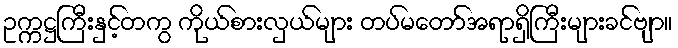
ဥက္ကဋ္ဌကြီးနှင့်တကွ ကိုယ်စားလှယ်များ တပ်မတော်အရာရှိကြီးများခင်ဗျာ။